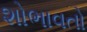
શોભાવતો